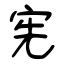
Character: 宪